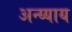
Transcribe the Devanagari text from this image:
अन्य्याय